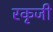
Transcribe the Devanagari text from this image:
रकृजी